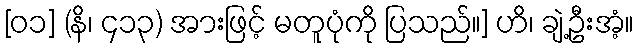
[၀၁] (နိ၊ ၄၁၃) အားဖြင့် မတူပုံကို ပြသည်။] ဟိ၊ ချဲ့ဦးအံ့။